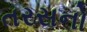
તરસનો